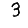
Digit: 3